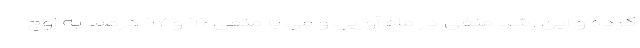
کرده و این رشد منفی در ماه آوریل و می با منفی ۹۶ و ۹۷ درصد به اوج